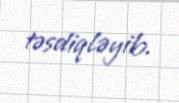
təsdiqləyib.